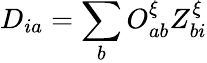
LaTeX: D_{ia}=\sum_{b}O_{ab}^{\xi}Z_{bi}^{\xi}